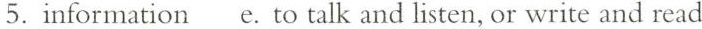
5. information e. To talk and listen, or write and read